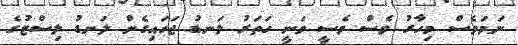
ނަމަވެސް މިހާރު ވެސް މެސީ ވަނީ ހަތަރު ލަނޑު ޖަހައިގެން ލަނޑު ލިސްޓުގެ